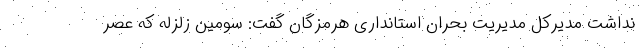
نداشت مدیرکل مدیریت بحران استانداری هرمزگان گفت: سومین زلزله که عصر